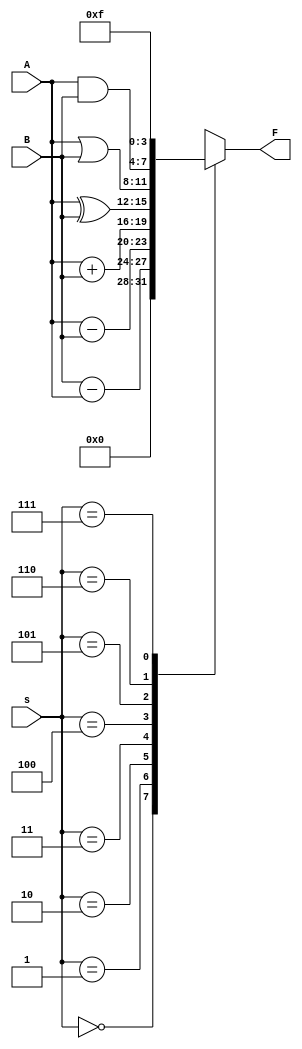
`timescale 1ns / 1ps

module ALU_74381(
        input [3:0] A,
        input [3:0] B,
        input [2:0] s,
        output reg [3:0] F
    );

    // Define parameters
    parameter Clear  = 3'b000;
    parameter B_A    = 3'b001;
    parameter A_B    = 3'b010;
    parameter ADD    = 3'b011;
    parameter XOR    = 3'b100;
    parameter OR     = 3'b101;
    parameter AND    = 3'b110;
    parameter Preset = 3'b111;

    always @(*) begin
        case (s)
            Clear:   F = 4'b0000;
            B_A:     F = B - A;
            A_B:     F = A - B;
            ADD:     F = A + B;
            XOR:     F = A ^ B;
            OR:      F = A | B;
            AND:     F = A & B;
            Preset:  F = 4'b1111;
            default: F = 4'b0000;
        endcase
    end

endmodule